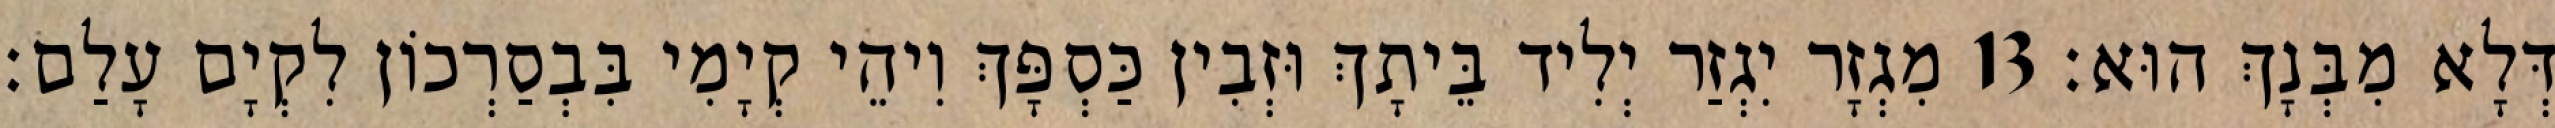
דְּלָא מִבְּנָךְ הוּא׃ 13 מִגְזָר יִגְזַר יְלִיד בֵּיתָךְ וּזְבִין כַּסְפָּךְ וִיהֵי קְיָמִי בִּבְסַרְכוֹן לִקְיָם עָלַם׃